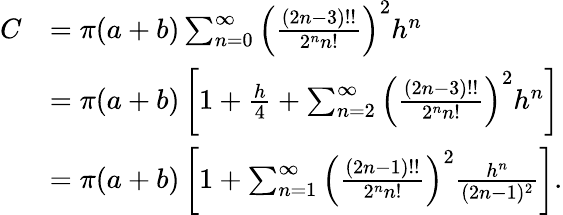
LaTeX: {\begin{array}{rl}{C}&{=\pi(a+b)\sum_{n=0}^{\infty}\left({\frac{(2n-3)!!}{2^{n}n!}}\right)^{2}h^{n}}\\ &{=\pi(a+b)\left[1+{\frac{h}{4}}+\sum_{n=2}^{\infty}\left({\frac{(2n-3)!!}{2^{n}n!}}\right)^{2}h^{n}\right]}\\ &{=\pi(a+b)\left[1+\sum_{n=1}^{\infty}\left({\frac{(2n-1)!!}{2^{n}n!}}\right)^{2}{\frac{h^{n}}{(2n-1)^{2}}}\right].}\end{array}}